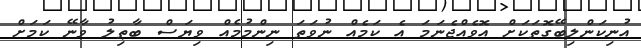
އުނިކަންލިބޭގޮތަކަށް އޮވެއްޖެނަމަ އެ ކަމެއް ނުވަތަ ނިންމުމެއް ވިޔަސް ބާޠިލު ވާނޭ ކަމަށް